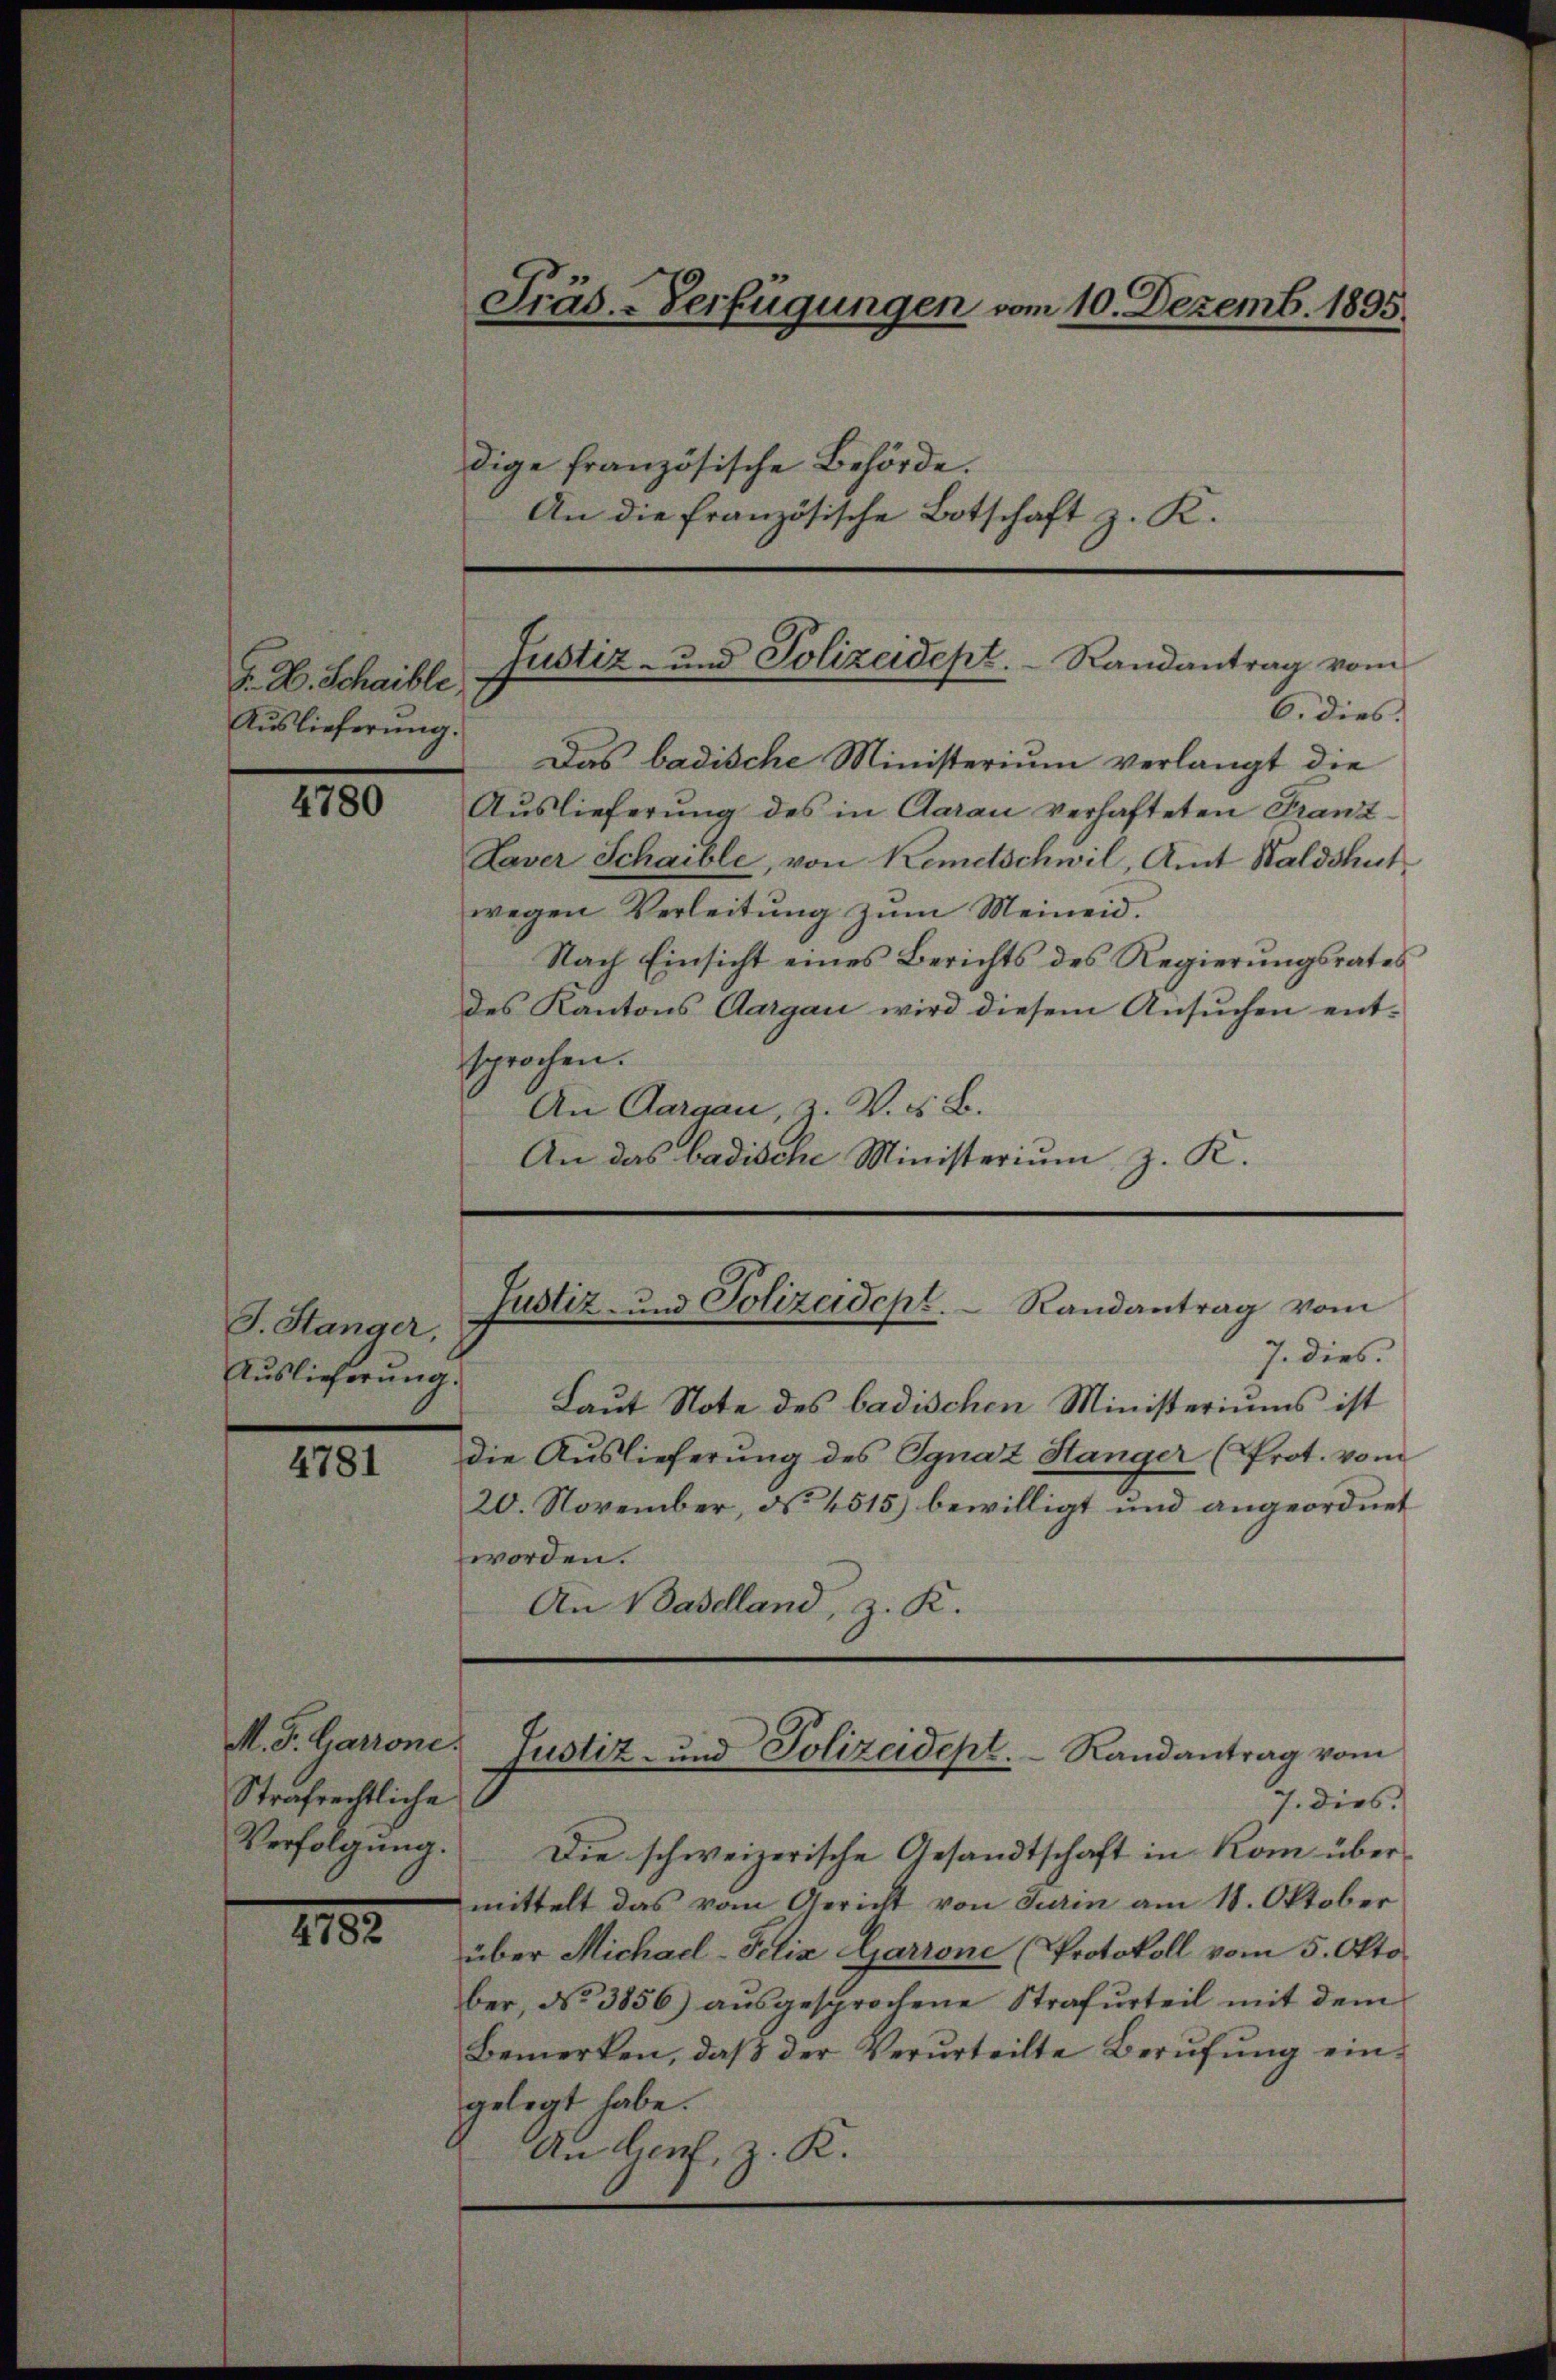
J. H. Schaible.
Auslieferung.

4780

4781

1182.

J. Stanger,
Auslieferung.

Strafrechtliche

Fräs.-Verfügungen vom 10. Dezemb. 1895.
dige französische Behörde.
An die französische Botschaft z. K.

Justiz- und Polizeidept. Randantrag vom

6. dies.
Das badische Ministerium verlangt die
Auslieferung des in Aarau verhafteten Franz¬
Daver Schaible, von Kemetschwil, Amt Waldshut
wegen Verleitŭng zŭm Meineid.
Nach Einsicht eines Berichts des Regierungsrates
des Kantons Aargau wird diesem Ansuchen entsprochen.
An Aargau, Z. V. §. B.
An das badische Ministerium z. K.

J. dies
Laut Note des badischen Ministeriums ist
die Auslieferŭng des Ignaz Stanger (Prot. vom
20. November, No. 4515) bewilligt und angeordnet
worden.
An Baselland, z. K.

Justiz- und Polizeidept. Randantrag vom

M. F. Garrone. Justiz- und Polizeidept. Randantrag vom

J. dies
Verfolgung. Die schweizerische Gesandtschaft in Rom übermittelt das vom Gericht von Turin am 18. Oktober
über Michael-Felix Garrone (Protokoll vom 5. Oktober, No 3856) aŭsgesprochene Strafurteil mit dem
Bemerken, daβ der Verurteilte Berŭfŭng ein-
gelegt habe.
An dient, z. K.